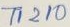
Text: TI210